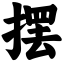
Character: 摆